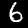
Digit: 6